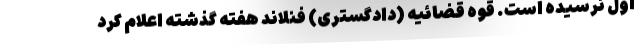
اول نرسیده است. قوه قضائیه (دادگستری) فنلاند هفته گذشته اعلام کرد